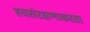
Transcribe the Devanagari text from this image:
स्वसंरक्षणाकरता